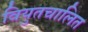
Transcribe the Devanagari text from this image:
वियुतचालित